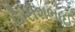
ગિરીશભાઈ